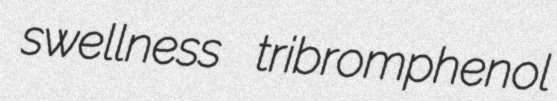
swellness tribromphenol